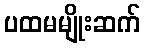
ပထမမျိုးဆက်